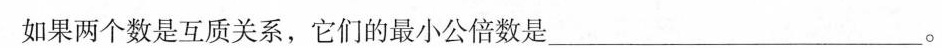
如果两个数是互质关系，它们的最小公倍数是___。